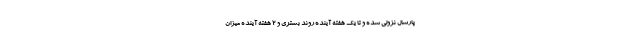
پارسال نزولی شده و تا یک هفته آینده روند بستری و ۲ هفته آینده میزان